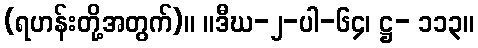
(ရဟန်းတို့အတွက်)။ ။ဒီဃ-၂-ပါ-၆၄၊ ဋ္ဌ- ၁၁၃။